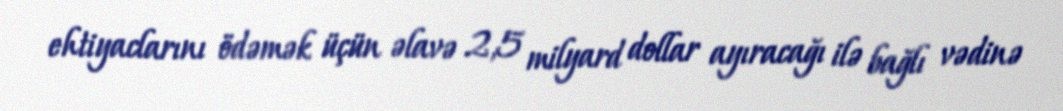
ehtiyaclarını ödəmək üçün əlavə 2,5 milyard dollar ayıracağı ilə bağlı vədinə